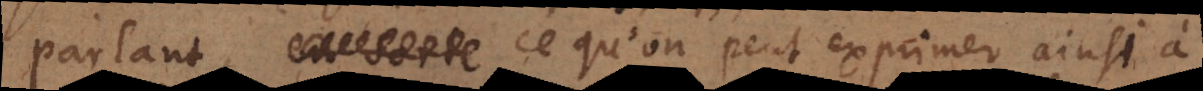
parlant, ce qu’on peut exprimer ainsi à